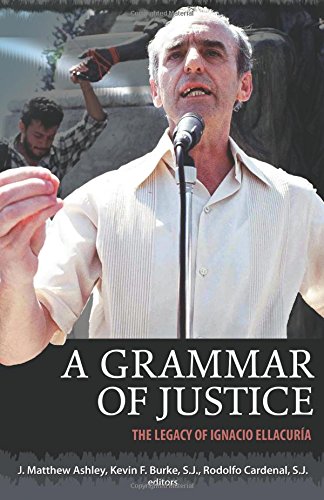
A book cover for A Grammar of Justice: The Legacy of Ignacio Ellacuria; Christian Books & Bibles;